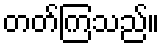
တတ်ကြသည်။